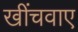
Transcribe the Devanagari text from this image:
खींचवाए